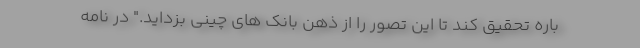
باره تحقیق کند تا این تصور را از ذهن بانک های چینی بزداید." در نامه